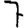
Digit: 7